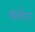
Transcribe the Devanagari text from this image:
बालेघर